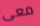
معى